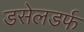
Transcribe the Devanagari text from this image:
डसेलडर्फ